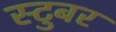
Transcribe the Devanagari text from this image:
स्टुबर